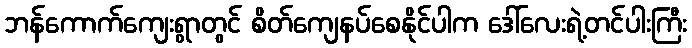
ဘန်ကောက်ကျေးရွာတွင် စိတ်ကျေနပ်စေနိုင်ပါက ဒေါ်လေးရဲ့တင်ပါးကြီး